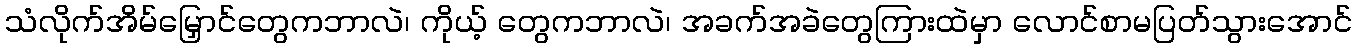
သံလိုက်အိမ်မြှောင်တွေကဘာလဲ၊ ကိုယ့် တွေကဘာလဲ၊ အခက်အခဲတွေကြားထဲမှာ လောင်စာမပြတ်သွားအောင်